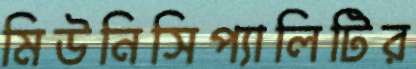
মিউনিসিপ্যালিটির